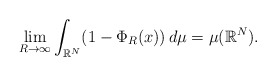
\begin{align*} \lim_{R\to \infty} \int_{\mathbb{R}^{N}}(1-\Phi_{R}(x))\,d\mu =\mu(\mathbb{R}^{N}). \end{align*}